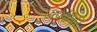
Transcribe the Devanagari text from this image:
अक्रोतिरि